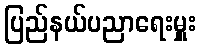
ပြည်နယ်ပညာရေးမှူး